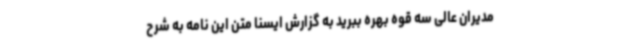
مدیران عالی سه قوه بهره ببرید به گزارش ایسنا متن این نامه به شرح